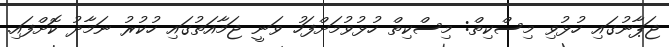
ޖަޕާނުގައި ހުޅުވި މިސްކިތް: މިސްކިތް ހުޅުވުމަށްފަހު ވަނީ ޖަމާއަތުގައި ހުކުރު ނަމާދު ކޮށްފައި.